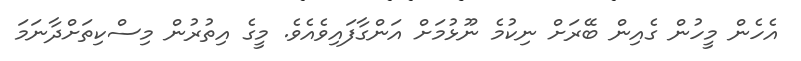
އެހެން މީހުން ގެއިން ބޭރަށް ނިކުމެ ނޫޅުމަށް އަންގާފައިވެއެވެ. މީގެ އިތުރުން މިސްކިތަށްދާނަމަ